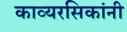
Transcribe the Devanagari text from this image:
काव्यरसिकांनी